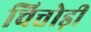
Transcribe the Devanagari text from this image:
चित्तोड़ी